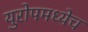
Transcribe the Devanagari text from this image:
युरोपमध्येच